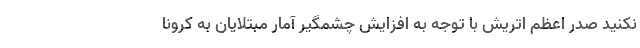
نکنید صدر اعظم اتریش با توجه به افزایش چشمگیر آمار مبتلایان به کرونا